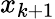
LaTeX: x_{k+1}